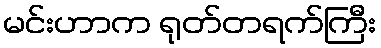
မင်းဟာက ရုတ်တရက်ကြီး